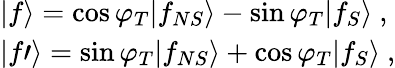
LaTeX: \begin{array}{l}{{|f\rangle=\cos\varphi_{T}|f_{NS}\rangle-\sin\varphi_{T}|f_{S}\rangle\ ,}}\\ {{|f\prime\rangle=\sin\varphi_{T}|f_{NS}\rangle+\cos\varphi_{T}|f_{S}\rangle\ ,}}\end{array}